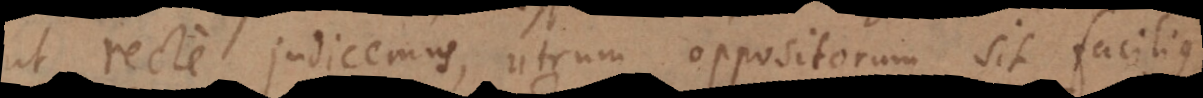
ut recte judicemus, utrum oppositorum sit facilius,